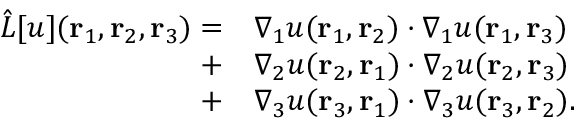
\begin{array} { r l } { \hat { L } [ u ] ( { \mathbf { r } _ { 1 } } , { \mathbf { r } _ { 2 } } , { \mathbf { r } _ { 3 } } ) = } & { { } \nabla _ { 1 } u ( { \mathbf { r } _ { 1 } } , { \mathbf { r } _ { 2 } } ) \cdot \nabla _ { 1 } u ( { \mathbf { r } _ { 1 } } , { \mathbf { r } _ { 3 } } ) } \\ { + } & { { } \nabla _ { 2 } u ( { \mathbf { r } _ { 2 } } , { \mathbf { r } _ { 1 } } ) \cdot \nabla _ { 2 } u ( { \mathbf { r } _ { 2 } } , { \mathbf { r } _ { 3 } } ) } \\ { + } & { { } \nabla _ { 3 } u ( { \mathbf { r } _ { 3 } } , { \mathbf { r } _ { 1 } } ) \cdot \nabla _ { 3 } u ( { \mathbf { r } _ { 3 } } , { \mathbf { r } _ { 2 } } ) . } \end{array}